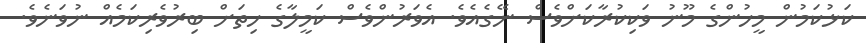
ކަޅުކަމުން މީހުންގެ މޫނު ވަކިކުރާކަށްވެސް ނޭގެއެވެ. އެވަރުންވެސް ކަމީލާގެ ހިތަށް ބިރުވެރިކަމެއް ނުވަނެވެ.